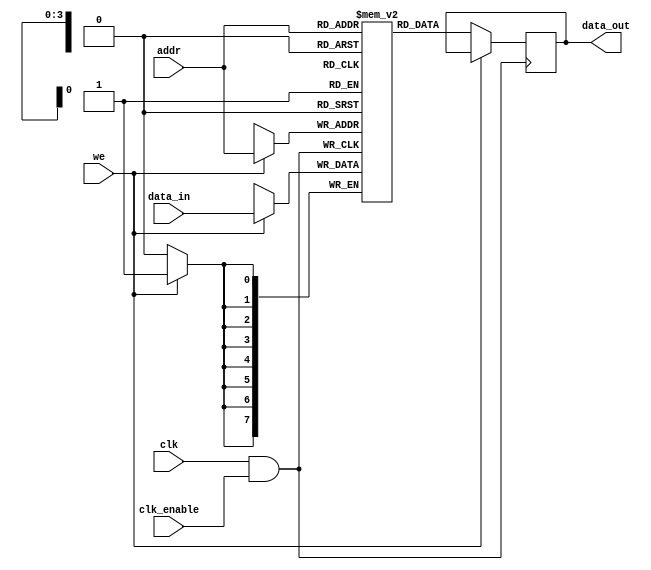
module memory_block (
    input wire clk,            // Global clock signal
    input wire clk_enable,     // Clock enable signal
    input wire [7:0] data_in,  // Data input
    input wire [3:0] addr,     // Address input
    input wire we,             // Write enable
    output reg [7:0] data_out   // Data output
);

    // Memory array (e.g., 16 x 8-bit SRAM)
    reg [7:0] mem [0:15];

    // Gated clock signal
    wire gated_clk;

    // Transmission gate implementation for clock gating
    assign gated_clk = clk & clk_enable;

    // Memory operations
    always @(posedge gated_clk) begin
        if (we) begin
            // Write operation
            mem[addr] <= data_in;
        end
        else begin
            // Read operation
            data_out <= mem[addr];
        end
    end

endmodule